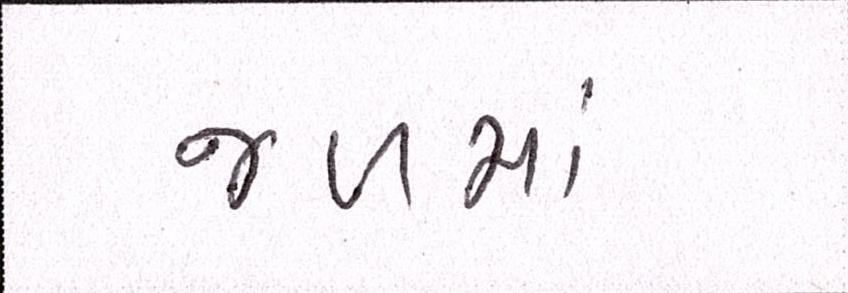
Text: જળમાં